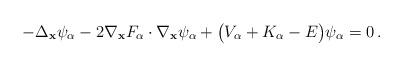
LaTeX: \begin{align*} -\Delta_{\bf x}\psi_{\alpha}-2\nabla_{\bf x} F_{\alpha}\cdot\nabla_{\bf x}\psi_{\alpha}+\big(V_{\alpha}+K_{\alpha}-E\big)\psi_{\alpha}=0\,. \end{align*}